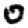
Digit: 0